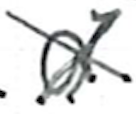
Text: a
Cross-out: cross
Writing tool: ballpoint